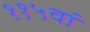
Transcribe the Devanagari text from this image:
११५वां